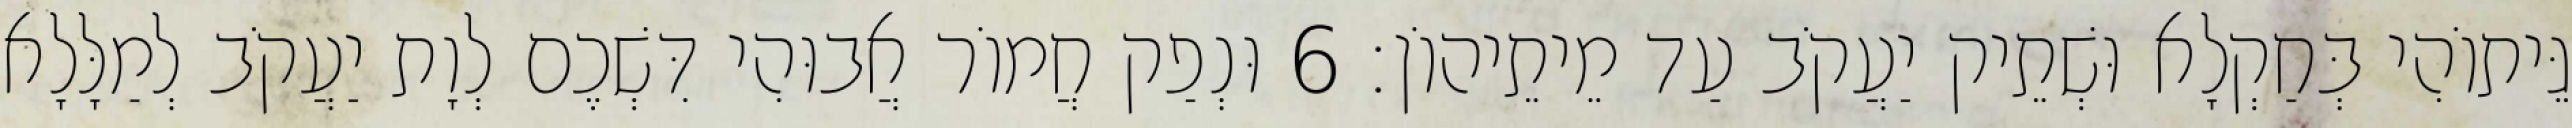
גֵּיתוֹהִי בְּחַקְלָא וּשְׁתֵיק יַעֲקֹב עַד מֵיתֵיהוֹן׃ 6 וּנְפַק חֲמוֹר אֲבוּהִי דִּשְׁכֶם לְוָת יַעֲקֹב לְמַלָּלָא